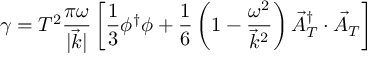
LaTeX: \gamma = T ^ { 2 } \frac { \pi \omega } { | \vec { k } | } \left[ \frac { 1 } { 3 } \phi ^ { \dagger } \phi + \frac { 1 } { 6 } \left( 1 - \frac { \omega ^ { 2 } } { \vec { k } ^ { 2 } } \right) \vec { A } _ { T } ^ { \dagger } \cdot \vec { A } _ { T } \right]